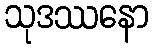
သုဒဿနော